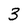
Character: 3